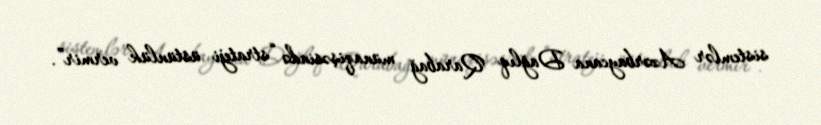
sistemlər Azərbaycana Dağlıq Qarabağ münaqişəsində “strateji üstünlük vermir”.